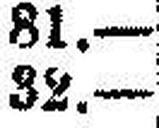
32.—